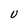
Character: U